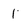
Character: 1